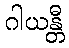
ဂါယန္တီ